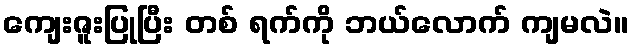
ကျေးဇူးပြုပြီး တစ် ရက်ကို ဘယ်လောက် ကျမလဲ။